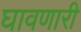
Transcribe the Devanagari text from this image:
घावणारी